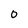
Character: 0